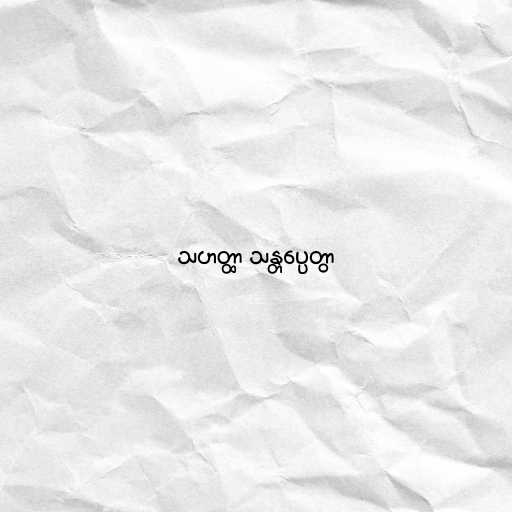
သဟတ္ထာ သန္တပ္ပေတွာ